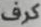
كرف